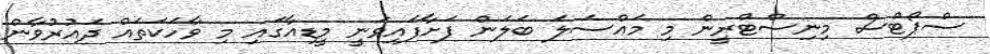
ސްޕޯޓްސް މިނިސްޓްރީން މި މައްސަލަ ބަލަން ފަށާފައިވަނީ މީޑިއާގައި މި ވާހަކަތައް ދައުރުވާން